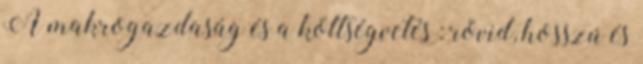
A makrogazdaság és a költségvetés : rövid, hosszú és